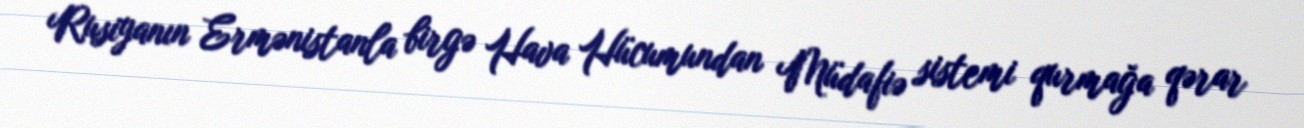
Rusiyanın Ermənistanla birgə Hava Hücumundan Müdafiə sistemi qurmağa qərar